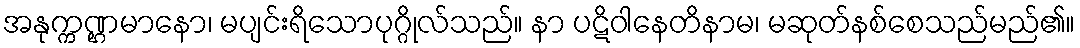
အနုက္ကဏ္ဌမာနော၊ မပျင်းရိသောပုဂ္ဂိုလ်သည်။ နာ ပဋိဝါနေတိနာမ၊ မဆုတ်နစ်စေသည်မည်၏။